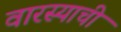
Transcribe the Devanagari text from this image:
वारस्याची